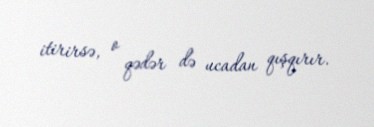
itirirsə, o qədər də ucadan qışqırır.